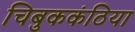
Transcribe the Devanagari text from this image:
चिबुककंठिया